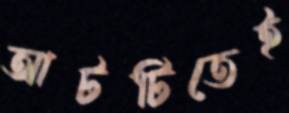
আটটিতেই